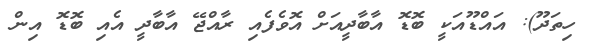
ހިތަދޫ): އައްޑޫއަކީ ބޮޑޮ އާބާދީއަށް އޮވެފެއި ރާއްޖޭ އާބާދީ އެއި ބޮޑޮ އިން